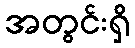
အတွင်းရှိ